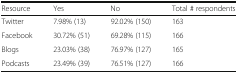
<table><thead><tr><td><b>Resource</b></td><td><b>Yes</b></td><td><b>No</b></td><td><b>Total # respondents</b></td></tr></thead><tbody><tr><td>Twitter</td><td>7.98% (13)</td><td>92.02% (150)</td><td>163</td></tr><tr><td>Facebook</td><td>30.72% (51)</td><td>69.28% (115)</td><td>166</td></tr><tr><td>Blogs</td><td>23.03% (38)</td><td>76.97% (127)</td><td>165</td></tr><tr><td>Podcasts</td><td>23.49% (39)</td><td>76.51% (127)</td><td>166</td></tr></tbody></table>